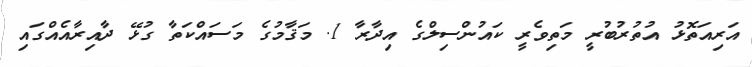
އަރިއަތޮޅު އުތުރުބުރީ މަތިވެރީ ކައުންސިލްގެ އިދާރާ 1. މަޤާމުގެ މަސައްކަތާ ގުޅޭ ދާއިރާއެއްގައި